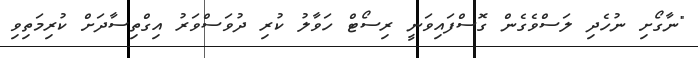
"ނާގޯށި ނުހެދި ލަސްވެގެން ގޮސްފައިވަނީ ރިސޯޓް ހަވާލު ކުރި ދުވަސްވަރު އިގްތިސާދަށް ކުރިމަތިވި